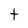
Character: t